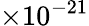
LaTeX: \times 10^{-21}